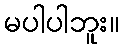
မပါပါဘူး။